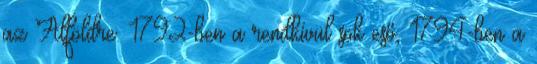
az Alföldre. 1792-ben a rendkívül sok eső, 1794-ben a